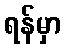
ရန်မှာ